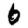
Digit: 6